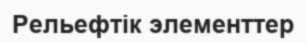
Рельефтік элементтер